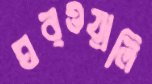
ঘরওয়ালি